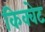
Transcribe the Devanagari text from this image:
किक्वेट